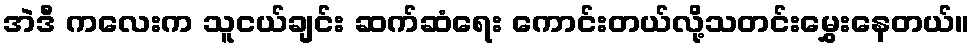
အဲဒီ ကလေးက သူငယ်ချင်း ဆက်ဆံရေး ကောင်းတယ်လို့သတင်းမွှေးနေတယ်။